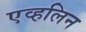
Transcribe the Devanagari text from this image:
एव्हलिन